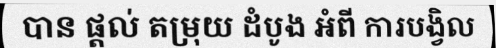
បាន ផ្តល់ តម្រុយ ដំបូង អំពី ការបង្វិល